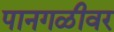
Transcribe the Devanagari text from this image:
पानगळीवर